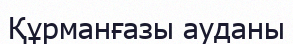
Құрманғазы ауданы